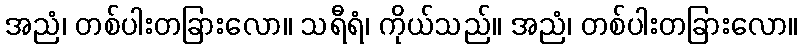
အညံ၊ တစ်ပါးတခြားလော။ သရီရံ၊ ကိုယ်သည်။ အညံ၊ တစ်ပါးတခြားလော။